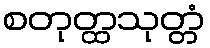
စတုတ္ထသုတ္တံ